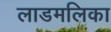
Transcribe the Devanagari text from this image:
लाडमलिका